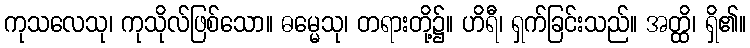
ကုသလေသု၊ ကုသိုလ်ဖြစ်သော။ ဓမ္မေသု၊ တရားတို့၌။ ဟိရီ၊ ရှက်ခြင်းသည်။ အတ္ထိ၊ ရှိ၏။